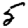
Digit: 5